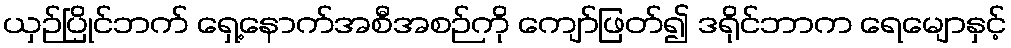
ယှဉ်ပြိုင်ဘက် ရှေ့နောက်အစီအစဉ်ကို ကျော်ဖြတ်၍ ဒရိုင်ဘာက ရေမျောနှင့်